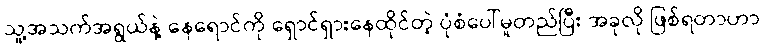
သူ့အသက်အရွယ်နဲ့ နေရောင်ကို ရှောင်ရှားနေထိုင်တဲ့ ပုံစံပေါ်မူတည်ပြီး အခုလို ဖြစ်ရတာဟာ